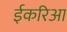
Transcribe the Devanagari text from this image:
ईकरिआ